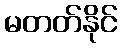
မတတ်နိုင်